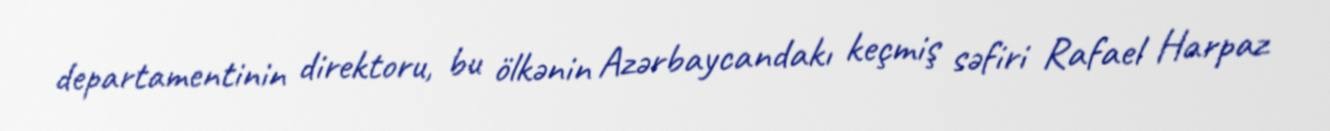
departamentinin direktoru, bu ölkənin Azərbaycandakı keçmiş səfiri Rafael Harpaz